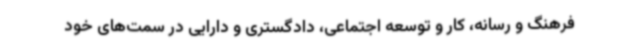
فرهنگ و رسانه، کار و توسعه اجتماعی، دادگستری و دارایی در سمت‌های خود